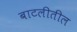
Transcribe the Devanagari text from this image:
बाटलीतील